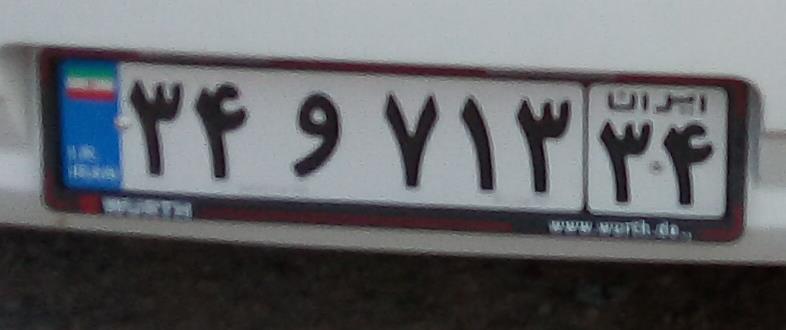
۳۴و۷۱۳۳۴